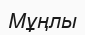
Мұңлы